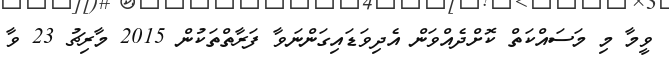
ވީމާ މި މަސައްކަތް ކޮށްދެއްވަން އެދިވަޑައިގަންނަވާ ފަރާތްތަކުން 2015 މާރިޗު 23 ވާ